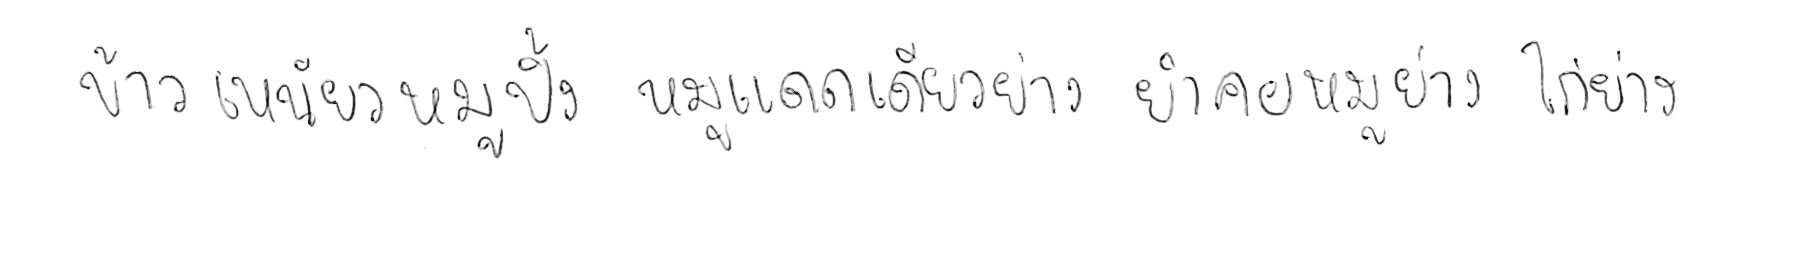
ข้าวเหนียวหมูปิ้ง หมูแดดเดียวย่าง ยำคอหมูย่าง ไก่ย่าง